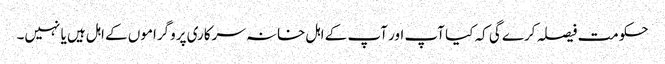
حکومت فیصلہ کرے گی کہ کیا آپ اور آپ کے اہل خانہ سرکاری پروگراموں کے اہل ہیں یا نہیں۔